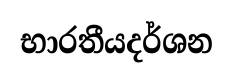
භාරතීයදර්ශන